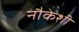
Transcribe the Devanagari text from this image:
नौकेशी